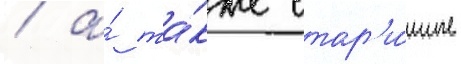
/ а́ та́кже стар'и́нные